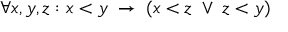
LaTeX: \forall x , y , z : x < y \; \to \; ( x < z \; \vee \; z < y )